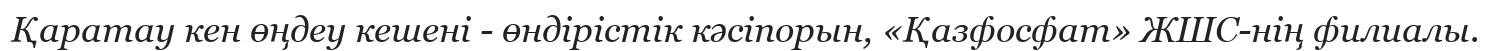
Қаратау кен өңдеу кешені - өндірістік кәсіпорын, «Қазфосфат» ЖШС-нің филиалы.